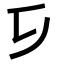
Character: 𠂎